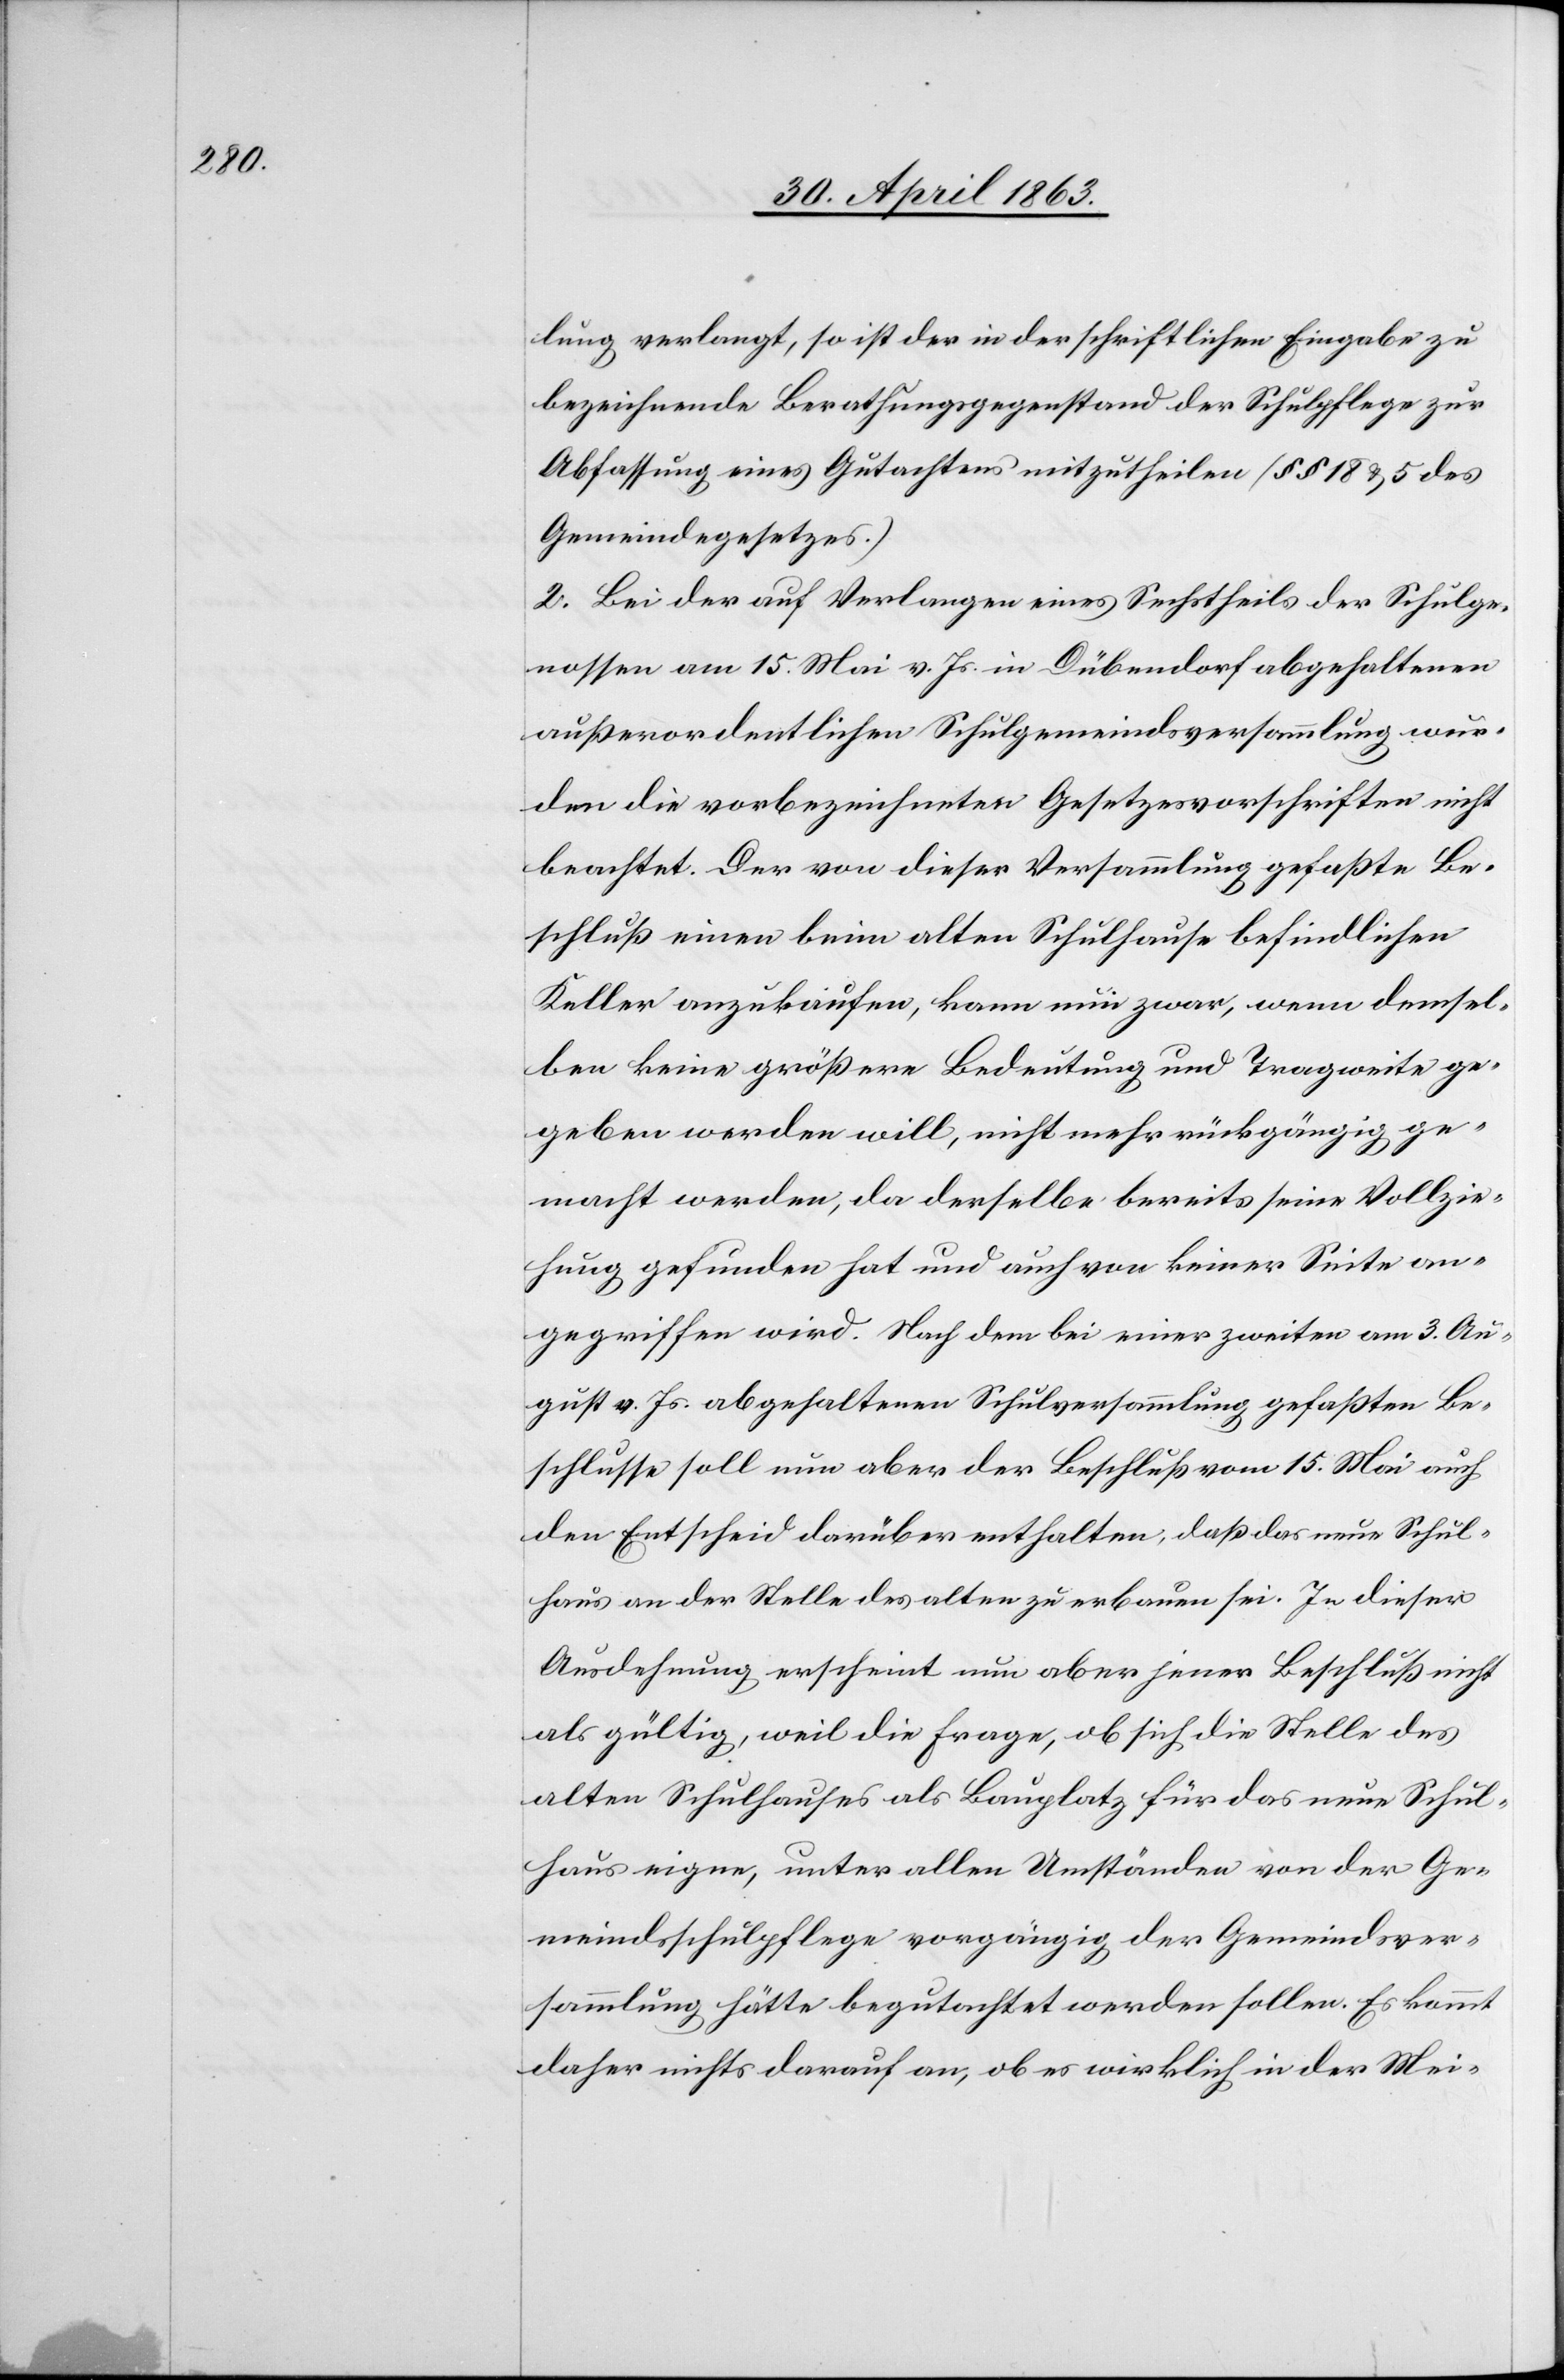
lung verlangt, so ist der in der schriftlichen Eingabe zu
bezeichnende Berathungsgegenstand der Schulpflege zur
Abfassung eines Gutachtens mitzutheilen (§§ 18 & 5 des
Gemeindegesetzes.)
2. Bei der auf Verlagen eines Sechstheils der Schulge¬
nossen am 15. Mai v. Js. in Dübendorf abgehaltenen
außerordentlichen Schulgemeindsversammlung wur¬
den die vorbezeichneten Gesetzesvorschriften nicht
beachtet. Der von dieser Versammlung gefaßte Be¬
schluß einen beim alten Schulhause befindlichen
Keller anzukaufen, kann nun zwar, wenn demsel¬
ben keine größere Bedeutung und Tragweite ge¬
geben werden will, nicht mehr rückgängig ge¬
macht werden, da derselbe bereits seine Vollzie¬
hung gefunden hat und auch von keiner Seite an¬
gegriffen wird. Nach dem bei einer zweiten am 3. Au¬
gust v. Js. abgehaltenen Schulversammlung gefaßten Be¬
schlusse soll nun aber der Beschluß vom 15. Mai auch
den Entscheid darüber enthalten, daß das neue Schul¬
haus an der Stelle des alten zu erbauen sei. In dieser
Ausdehnung erschient nun aber jener Beschluß nicht
als gültig, weil die Frage, ob sich die Stelle des
alten Schulhauses als Bauplatz für das neue Schul¬
haus eigne, unter allen Umständen von der Ge¬
meindsschulpflege vorgängig der Gemeindsver¬
sammlung hätte begutachtet werden sollen. Es kommt
daher nichts [sic!] darauf an, ob es wirklich in der Mei-